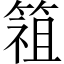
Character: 𱸓